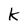
Character: k